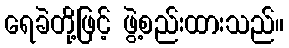
ရေခဲတို့ဖြင့် ဖွဲ့စည်းထားသည်။